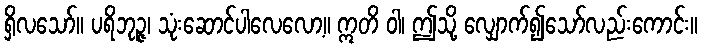
ရှိလသော်။ ပရိဘုဉ္ဇ၊ သုံးဆောင်ပါလေလော့။ ဣတိ ဝါ၊ ဤသို့ လျှောက်၍သော်လည်းကောင်း။